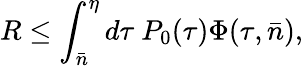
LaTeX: R\leq\int_{\bar{n}}^{\eta}d\tau~P_{0}(\tau)\Phi(\tau,\bar{n}),